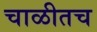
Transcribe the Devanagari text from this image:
चाळीतच